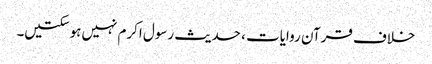
خلاف قرآن روایات ، حدیث رسول اکرم نہیں‌ہوسکتیں۔